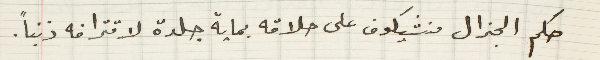
حكم الجنرال منشيكوف على حلاقه بماية جلدة لاقترافه ذنباً.